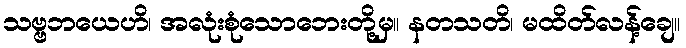
သဗ္ဗဘယေဟိ၊ အလုံးစုံသောဘေးတို့မှ။ နတသတိ၊ မထိတ်လန့်ချေ။